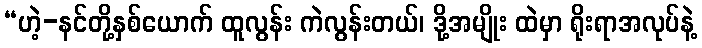
“ဟဲ့-နင်တို့နှစ်ယောက် ထူလွန်း ကဲလွန်းတယ်၊ ဒို့အမျိုး ထဲမှာ ရိုးရာအလုပ်နဲ့